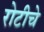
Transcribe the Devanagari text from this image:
रोटीचे